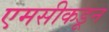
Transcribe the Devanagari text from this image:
एमसीकडून